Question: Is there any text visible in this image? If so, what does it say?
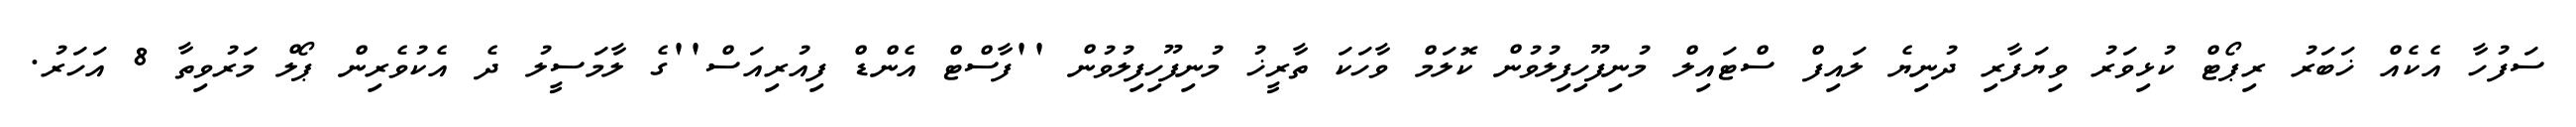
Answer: ސަފުހާ އެކެއް ޚަބަރު ރިޕޯޓް ކުޅިވަރު ވިޔަފާރި ދުނިޔެ ލައިފް ސްޓައިލް މުނިފޫހިފިލުވުން ކޮލަމް ވާހަކަ ތާރީޚު މުނިފޫހިފިލުވުން ''ފާސްޓް އެންޑް ފިއުރިއަސް''ގެ ލާމަސީލު ދެ އެކުވެރިން ޕޯލް މަރުވިތާ 8 އަހަރު.